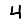
Digit: 4